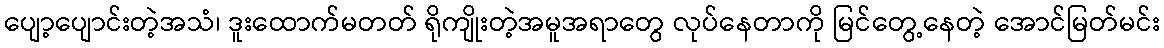
ပျော့ပျောင်းတဲ့အသံ၊ ဒူးထောက်မတတ် ရိုကျိုးတဲ့အမူအရာတွေ လုပ်နေတာကို မြင်တွေ့နေတဲ့ အောင်မြတ်မင်း